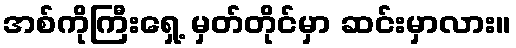
အစ်ကိုကြီးရှေ့ မှတ်တိုင်မှာ ဆင်းမှာလား။